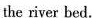
the river bed.